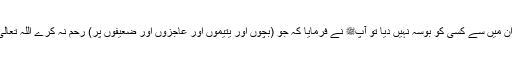
میرے دس بچے ہیں میں نے ان میں سے کسی کو بوسہ نہیں دیا تو آپﷺ نے فرمایا کہ جو (بچوں اور یتیموں اور عاجزوں اور ضعیفوں پر) رحم نہ کرے اللہ تعالیٰ بھی اس پر رحم نہ کرے گا۔